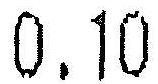
0.10